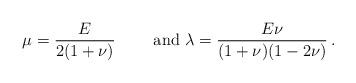
LaTeX: \begin{align*}\mu=\frac{E}{2(1+\nu)}\qquad\textrm{ and }\lambda=\frac{E\nu}{(1+\nu)(1-2\nu)}\,.\end{align*}